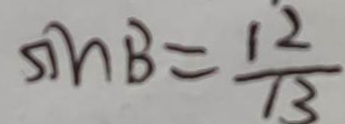
\sin B = \frac { 1 2 } { 1 3 }